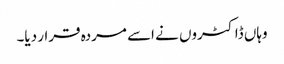
وہاں ڈاکٹروں نے اسے مردہ قرار دیا۔